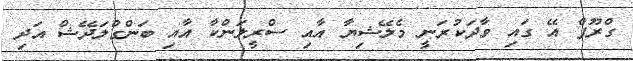
ގްރޫޕް އޭ ގައި ވާދަކުރަނީ މެލޭޝިޔާ އާއި ސްރީލަންކާ އާއި ބަންގްލަދޭޝް އަދި